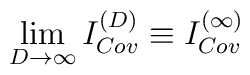
\lim_{D\rightarrow\infty}I^{(D)}_{Cov}\equiv{}I^{(\infty)}_{Cov}